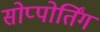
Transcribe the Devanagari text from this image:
सोप्पोर्तिंग